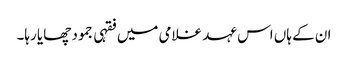
ان کے ہاں اس عہد غلامی میں فقہی جمود چھایا رہا۔